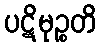
ပဋိမုဉ္စတိ